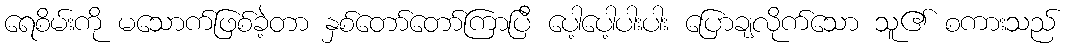
ရေစိမ်းကို မသောက်ဖြစ်ခဲ့တာ နှစ်တော်တော်ကြာပြီ ပေါ့ပေါ့ပါးပါး ပြောချလိုက်သော သူ၏ စကားသည်